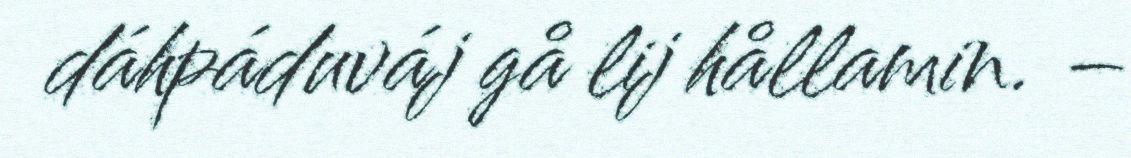
dáhpáduváj gå lij hållamin. –